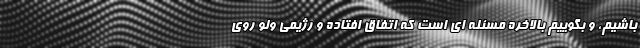
باشیم، و بگوییم بالاخره مسئله ای است که اتفاق افتاده و رژیمی ولو روی